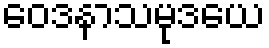
ဝေဒနာသမုဒယေ